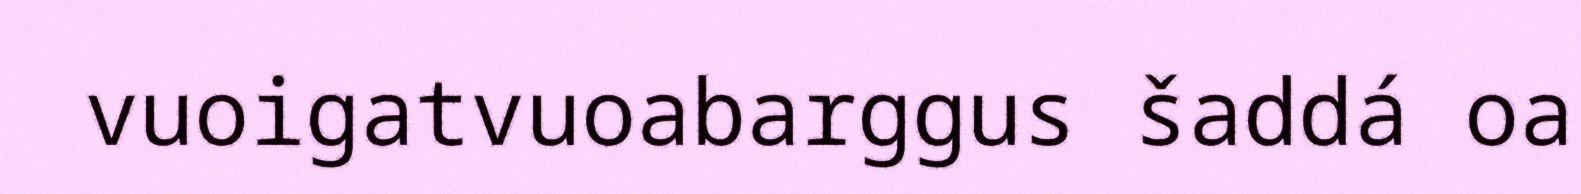
vuoigatvuoabarggus šaddá oa